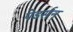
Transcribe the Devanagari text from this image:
पेडर्सन